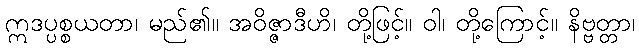
ဣဒပ္ပစ္စယတာ၊ မည်၏။ အဝိဇ္ဇာဒီဟိ၊ တို့ဖြင့်။ ဝါ၊ တို့ကြောင့်။ နိဗ္ဗတ္တာ၊